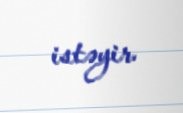
istəyir.